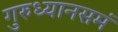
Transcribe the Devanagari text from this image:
गुरुध्यानसमं